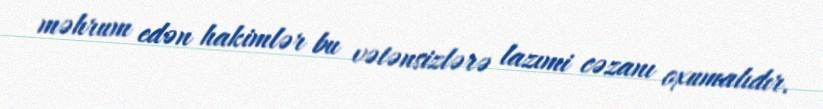
məhrum edən hakimlər bu vətənsizlərə lazımi cəzanı oxumalıdır.